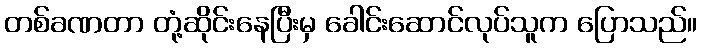
တစ်ခဏတာ တုံ့ဆိုင်းနေပြီးမှ ခေါင်းဆောင်လုပ်သူက ပြောသည်။